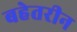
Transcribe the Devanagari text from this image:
बहेतरीन